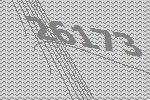
26173